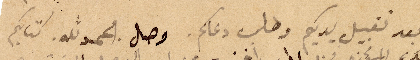
بعد تقبيل يديكم وطلب دعاكم. وصل الحمدلله. كتابكم